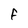
Character: F